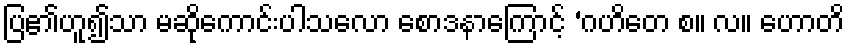
ပြ၏ဟူ၍သာ မဆိုကောင်းပါသလော စောဒနာကြောင့် ‘ဂဟိတေ စ။ လ။ ဟောတိ